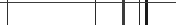
٦٦